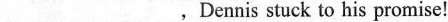
___ ___，Dennis stuck to his promise！